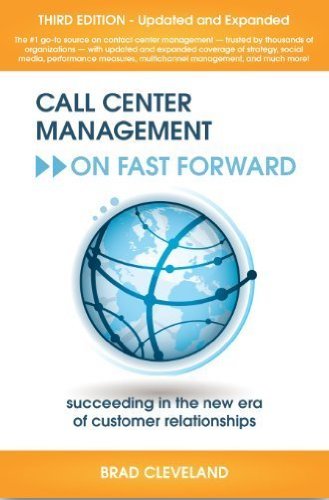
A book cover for Call Center Management on Fast Forward: Succeeding in the New Era of Customer Relationships (3rd Edition); Brad Cleveland; Business & Money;